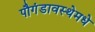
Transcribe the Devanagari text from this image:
पौगंडावस्थेमधे